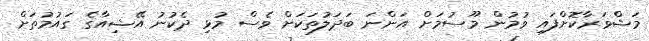
މަޝްވަރާކޮށްފައި ވުމުން މޫސުމަށް އަންނަ ބަދަލުތަކަށް ވެސް މުޅި ދެކުނު އޭޝިއާގެ ގައުމުތަށް